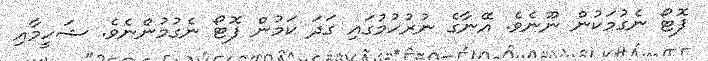
ފޮޓޯ ނެގުމަކުން ނޫނެވެ. އޭނާގެ ނުރުހުމުގައި ގަދަ ކަމުން ފޮޓޯ ނެގުމުންނެވެ. ޝަހީމާއި